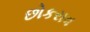
છોકરાવ